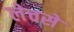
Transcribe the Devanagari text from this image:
लेचसे